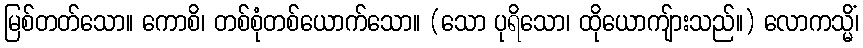
မြစ်တတ်သော။ ကောစိ၊ တစ်စုံတစ်ယောက်သော။ (သော ပုရိသော၊ ထိုယောကျ်ားသည်။) လောကသ္မိံ၊